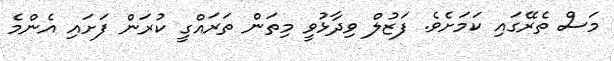
މަސް ތެރޭގައި ކަމަށެވެ. ފަޒުލް ވިދާޅުވީ މިތަން ތަރައްގީ ކުރަން ފަށައި އެންމެ